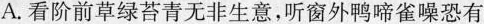
A.看阶前草绿苔青无非生意，听窗外鸭啼雀噪恐有